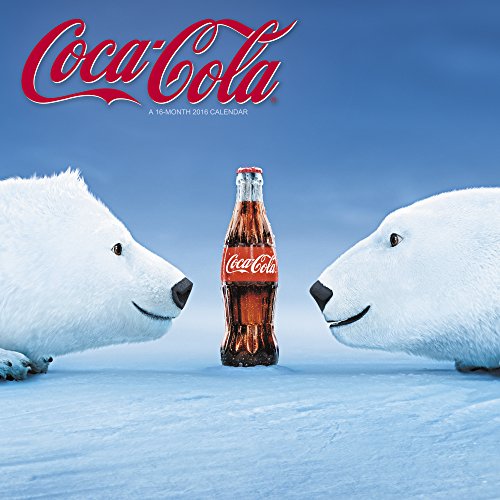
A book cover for Coca-Cola Wall Calendar (2016); Mead; Humor & Entertainment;